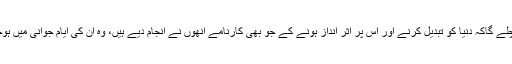
آپ کو پتا چلے گاکہ دنیا کو تبدیل کرنے اور اس پر اثر انداز ہونے کے جو بھی کارنامے انھوں نے انجام دیے ہیں، وہ ان کی ایامِ جوانی میں ہوچکے تھے۔